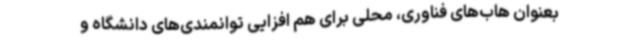
بعنوان هاب‌های فناوری، محلی برای هم افزایی توانمندی‌های دانشگاه و